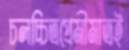
চলচ্চিত্রপ্রেমীমাত্রই